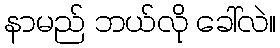
နာမည် ဘယ်လို ခေါ်လဲ။